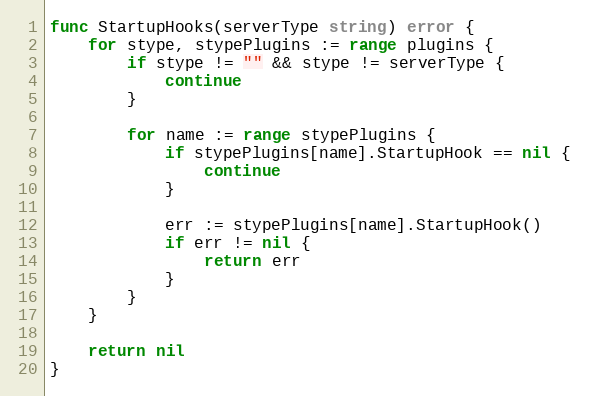
Language: Go
func StartupHooks(serverType string) error {
	for stype, stypePlugins := range plugins {
		if stype != "" && stype != serverType {
			continue
		}

		for name := range stypePlugins {
			if stypePlugins[name].StartupHook == nil {
				continue
			}

			err := stypePlugins[name].StartupHook()
			if err != nil {
				return err
			}
		}
	}

	return nil
}